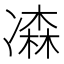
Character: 𠘆